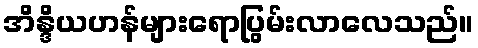
အိန္ဒိယဟန်များရောပြွမ်းလာလေသည်။